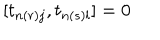
LaTeX: [ t _ { n ( r ) j } , t _ { n ( s ) l } ] = 0